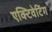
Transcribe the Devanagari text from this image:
एक्टिवेटिंग